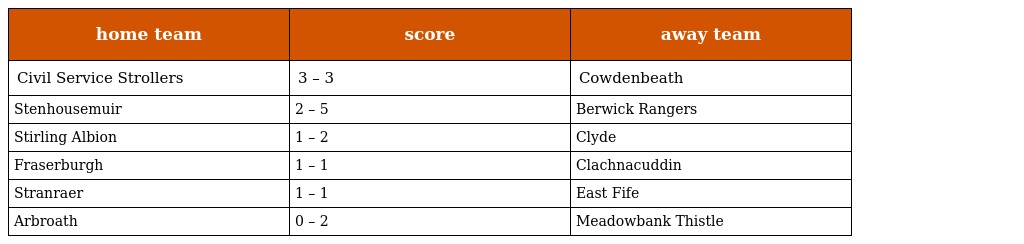
| home team | score | away team |
 | --- | --- | --- |
 | Civil Service Strollers | 3 – 3 | Cowdenbeath |
 | Stenhousemuir | 2 – 5 | Berwick Rangers |
 | Stirling Albion | 1 – 2 | Clyde |
 | Fraserburgh | 1 – 1 | Clachnacuddin |
 | Stranraer | 1 – 1 | East Fife |
 | Arbroath | 0 – 2 | Meadowbank Thistle |